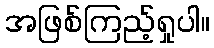
အဖြစ်ကြည့်ရှုပါ။